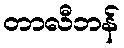
တာလီဘန်